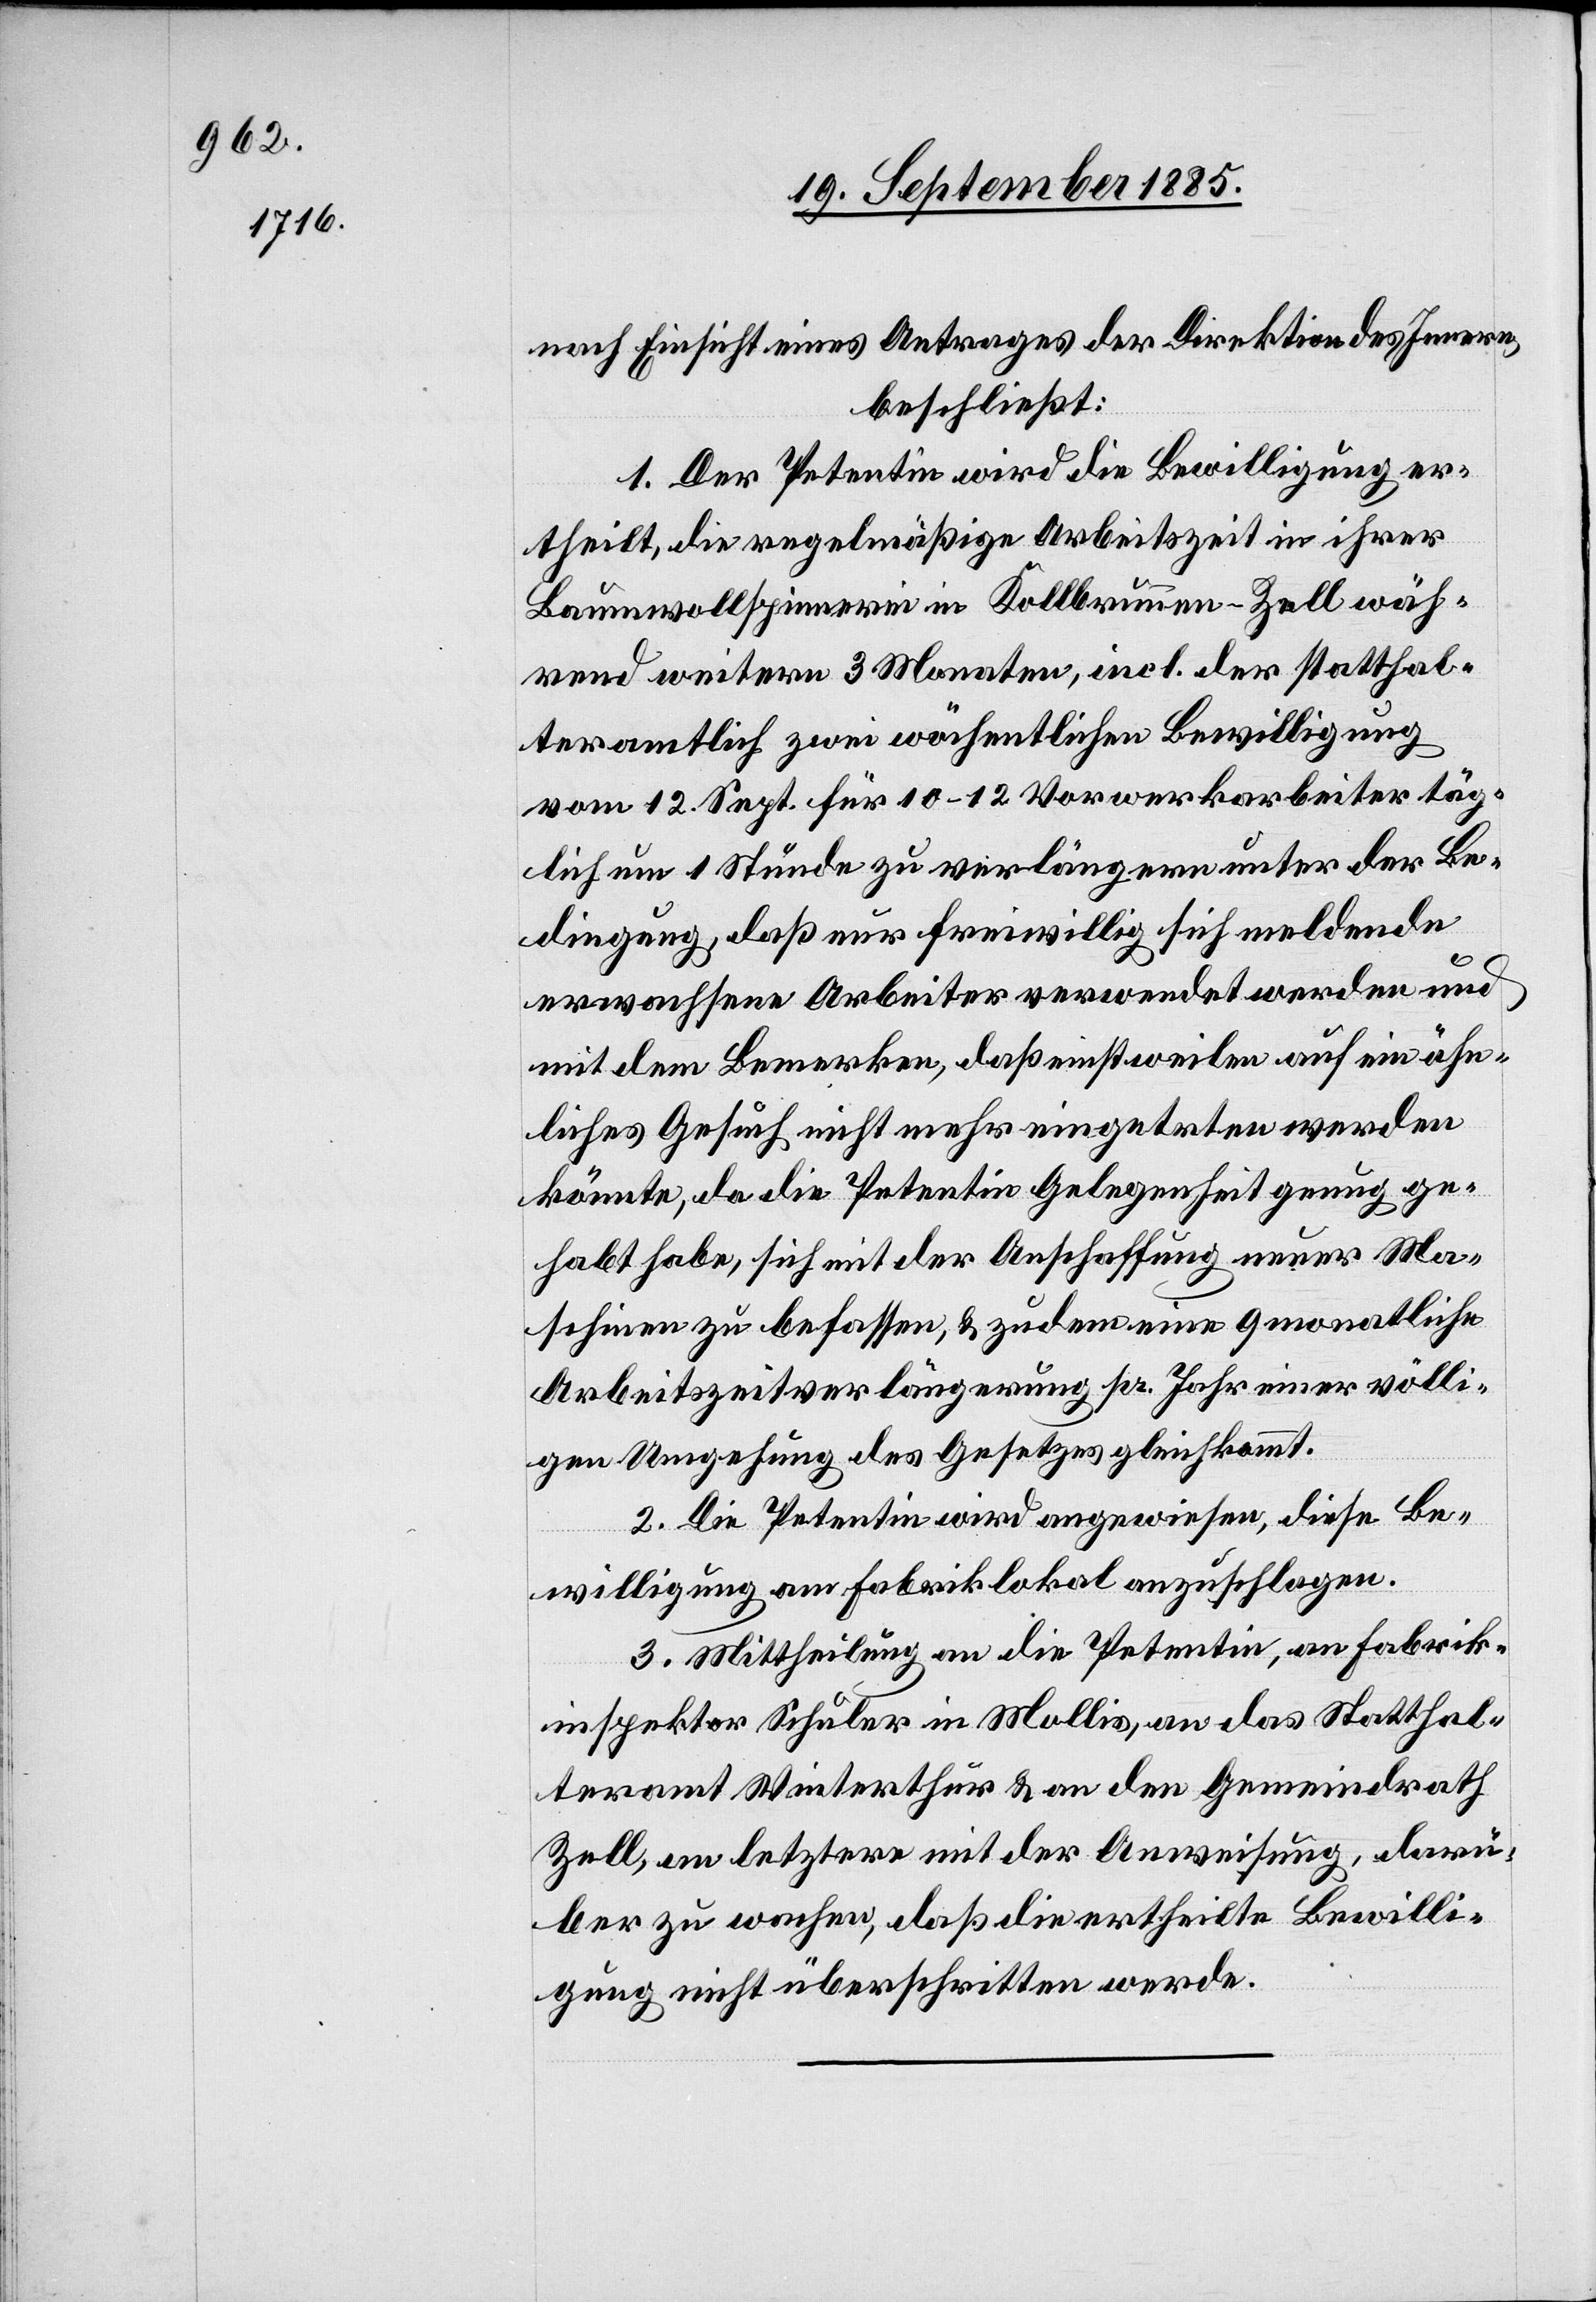
nach Einsicht eines Antrages der Direktion des Innern,
beschließt:
1. Der Petentin wird die Bewilligung er¬
theilt, die regelmäßige Arbeitszeit in ihrer
Baumwollspinnerei in Kollbrunn - Zell wäh¬
rend weitern 3 Monaten, incl. der statthal¬
teramtlich zwei wöchentlichen Bewilligung
vom 12. Sept. für 10–12 Vorwerkarbeiter täg¬
lich um 1 Stunde zu verlängern unter der Be¬
dingung, daß nur freiwillig sich meldende
erwachsene Arbeiter verwendet werden und
mit dem Bemerken, daß einstweilen auf ein ähn¬
liches Gesuch nicht mehr eingetreten werden
könnte, da die Petentin Gelegenheit genug ge¬
habt habe, sich mit der Anschaffung neuer Ma¬
schinen zu befassen, & zudem eine 9 monatliche
Arbeitszeitverlängerung pr. Jahr einer völli¬
gen Umgehung des Gesetzes gleichkommt.
2. Die Petentin wird angewiesen, diese Be¬
willigung am Fabriklokal anzuschlagen.
3. Mittheilung an die Petentin, an Fabrik¬
inspektor Schuler in Mollis, an das Statthal¬
teramt Winterthur & an den Gemeindrath
Zell, an letztere mit der Anweisung, darü¬
ber zu wachen, daß die ertheilte Bewilli¬
gung nicht überschritten werde.